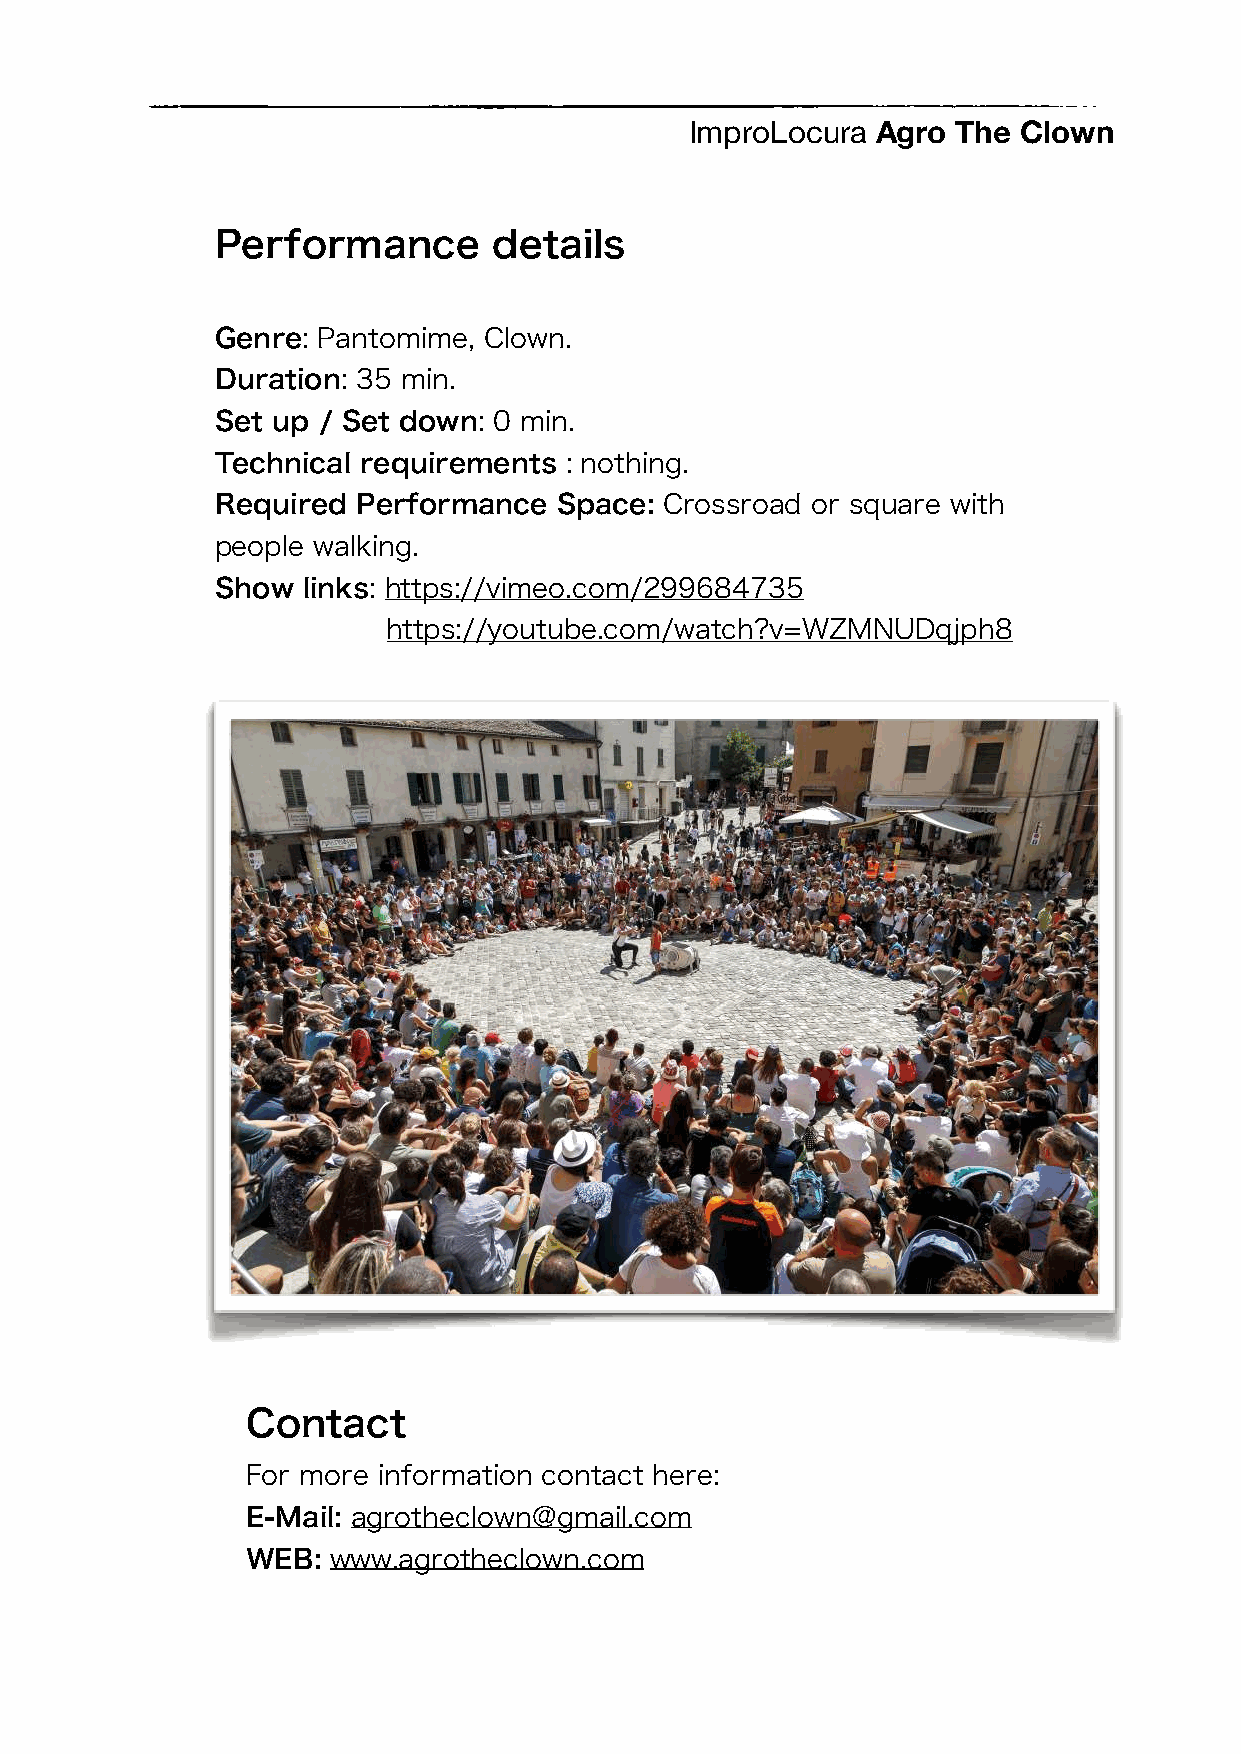
ImproLocura Agro The Clown
 Performance        details
 Genre: Pantomime, Clown.
 Duration: 35 min.
 Set up / Set down: 0 min.
 Technical requirements : nothing.
 Required  Performance  Space: Crossroad or square with
 people walking.
 Show  links: https://vimeo.com/299684735
 https://youtube.com/watch?v=WZMNUDqjph8
 Contact
 For more information contact here:
 E-Mail: agrotheclown@gmail.com
 WEB:  www.agrotheclown.com